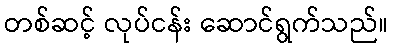
တစ်ဆင့် လုပ်ငန်း ဆောင်ရွက်သည်။